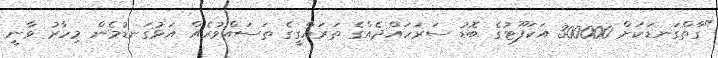
"ގާތްގަނޑަކަށް 300000 އަކަފޫޓުގެ ބޮޑު ސަރަހައްދެއްގެ ތަރައްގީގެ ތަސައްވުރެއް އަޅުގަނޑުމެން މިހާރު ވާނީ